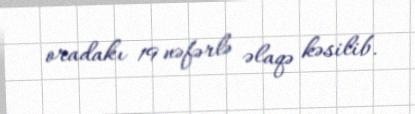
oradakı 19 nəfərlə əlaqə kəsilib.